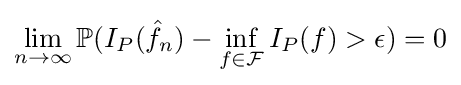
\lim _{n\rightarrow \infty }\mathbb {P} (I_{P}({\hat {f}}_{n})-\inf _{f\in {\mathcal {F}}}I_{P}(f)>\epsilon )=0